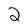
Character: 2